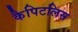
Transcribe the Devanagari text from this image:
कैपिटलिस